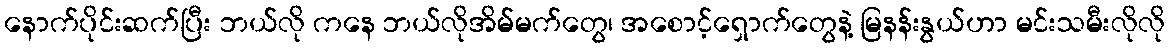
နောက်ပိုင်းဆက်ပြီး ဘယ်လို ကနေ ဘယ်လိုအိမ်မက်တွေ၊ အစောင့်ရှောက်တွေနဲ့ မြနန်းနွယ်ဟာ မင်းသမီးလိုလို